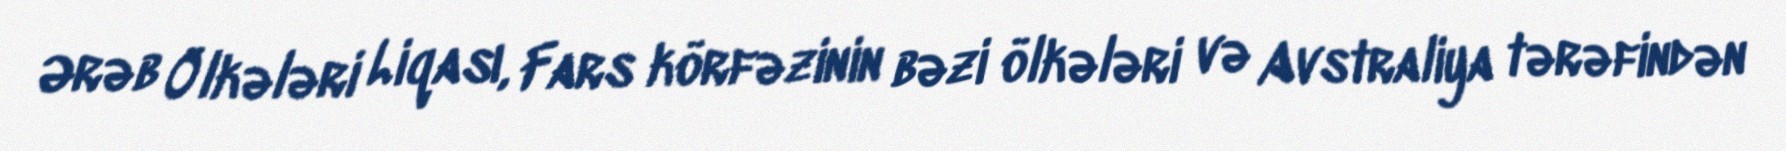
Ərəb Ölkələri Liqası, Fars körfəzinin bəzi ölkələri və Avstraliya tərəfindən